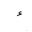
Letter: _hamza